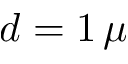
d = 1 \, \mu